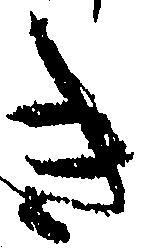
き